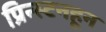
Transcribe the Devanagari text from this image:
प्रिन्स्टनहून